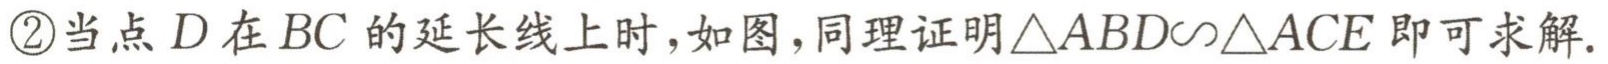
\textcircled{2}当点\(D\)在\(BC\)的延长线上时，如图，同理证明\(\triangle ABD\sim\triangle ACE\)即可求解.